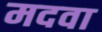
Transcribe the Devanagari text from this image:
मदवा